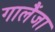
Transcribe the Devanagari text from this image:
गालैंजा